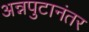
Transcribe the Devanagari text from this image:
अन्नपुटानंतर